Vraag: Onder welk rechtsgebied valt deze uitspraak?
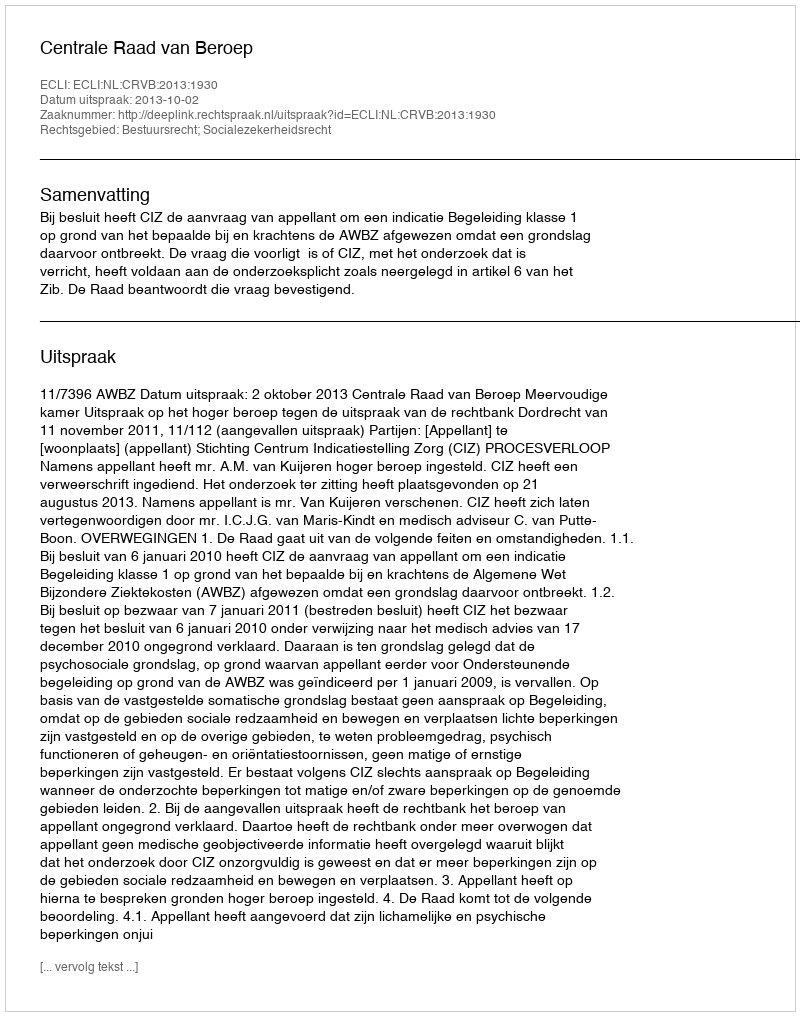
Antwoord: Bestuursrecht; Socialezekerheidsrecht